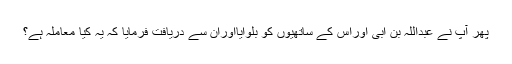
پھر آپؐ نے عبداللہ بن اُبی اوراس کے ساتھیوں کو بلوایااوران سے دریافت فرمایا کہ یہ کیا معاملہ ہے؟